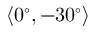
\langle 0 ^ { \circ } , - 3 0 ^ { \circ } \rangle